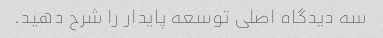
سه دیدگاه اصلی توسعه پایدار را شرح دهید.